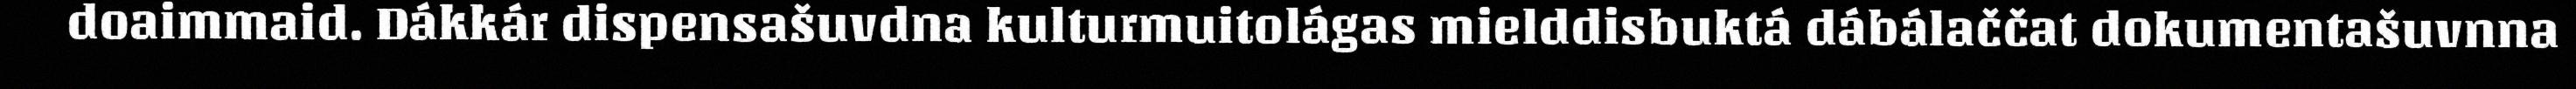
doaimmaid. Dákkár dispensašuvdna kulturmuitolágas mielddisbuktá dábálaččat dokumentašuvnna